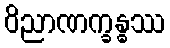
ဝိညာဏက္ခန္ဓဿ